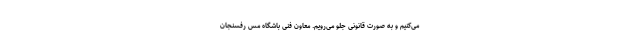
می‌کنیم و به صورت قانونی جلو می‌رویم. معاون فنی باشگاه مس رفسنجان